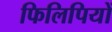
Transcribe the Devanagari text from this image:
फिलिपियों